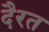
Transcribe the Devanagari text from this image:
दैरत